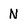
Character: N